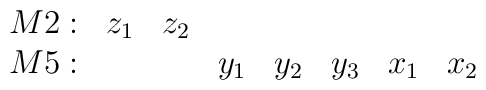
\begin{array}{rccccccc}{M2}: & z_1 & z_2 &     &     &     &     &     \\{M5}: &     &     & y_1 & y_2 & y_3 & x_1 & x_2 \\\end{array}